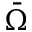
\bar { \Omega }